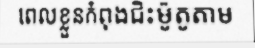
ពេលខ្លួនកំពុងជិះម៉ូតូតាម